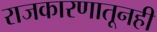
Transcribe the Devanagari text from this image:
राजकारणातूनही